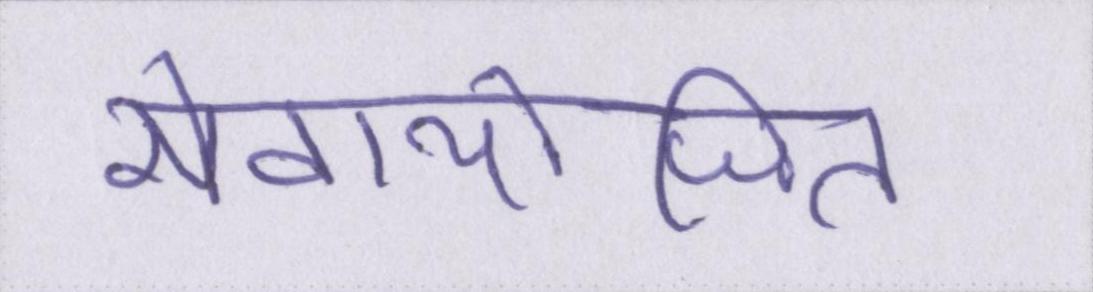
सेवायोजित